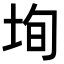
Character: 𡋕